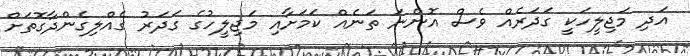
އަދި މަޖިލީހަކީ ގަދަރެއް ވެސް އޮންނަ ތަނެއް ކަމަށާއި މަޖިލީހުގެ ގަދަރު ގެއްލިގެންދާގޮތަށް